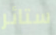
ستائر